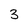
Character: 3